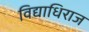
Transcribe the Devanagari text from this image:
विद्याधिराज